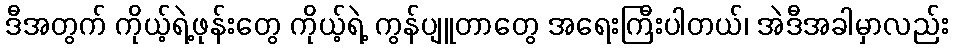
ဒီအတွက် ကိုယ့်ရဲ့ဖုန်းတွေ ကိုယ့်ရဲ့ ကွန်ပျူတာတွေ အရေးကြီးပါတယ်၊ အဲဒီအခါမှာလည်း